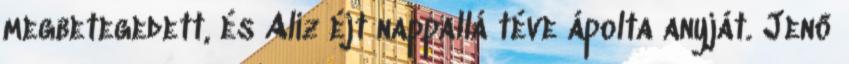
megbetegedett, és Aliz éjt nappallá téve ápolta anyját. Jenő